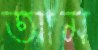
আম